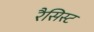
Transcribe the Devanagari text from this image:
रैसिस्ट